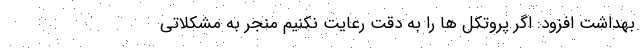
بهداشت افزود: اگر پروتکل ها را به دقت رعایت نکنیم منجر به مشکلاتی